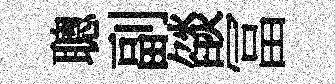
聰副燄冨